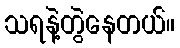
သရနဲ့တွဲနေတယ်။